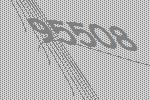
95508